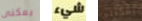
يمكنى شيء يمكنني